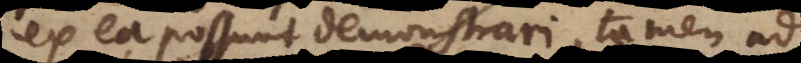
ex ea possunt demonstrari, tamen ad